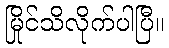
မြိုင်သိလိုက်ပါပြီ။